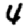
Digit: 4